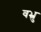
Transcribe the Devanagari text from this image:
वभ्रु